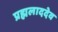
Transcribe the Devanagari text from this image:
प्रह्मलाददेव